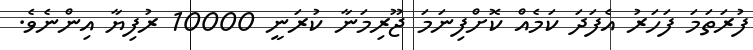
ފުރަތަމަ ފަހަރު އެފަދަ ކަމެއް ކޮށްފިނަމަ ޖޫރިމަނާ ކުރަނީ 10000 ރުފިޔާ އިންނެވެ.